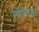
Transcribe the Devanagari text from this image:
सोलिटयूड